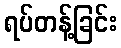
ရပ်တန့်ခြင်း